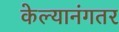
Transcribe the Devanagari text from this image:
केल्यानंगतर